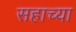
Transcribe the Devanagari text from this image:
सहाच्या